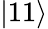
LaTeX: \left|11\right>